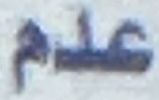
عدم